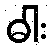
ဓါး